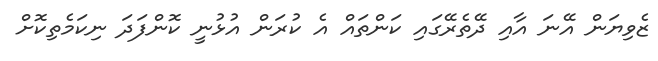
ޒެވިޔަން އޭނަ އާއި ދޭތެރޭގައި ކަންތައް އެ ކުރަން އުޅުނީ ކޮންފަދަ ނިކަމެތިކޮށް